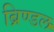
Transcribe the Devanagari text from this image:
ब्रिण्डल